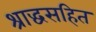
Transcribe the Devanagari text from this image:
श्राद्धसहित